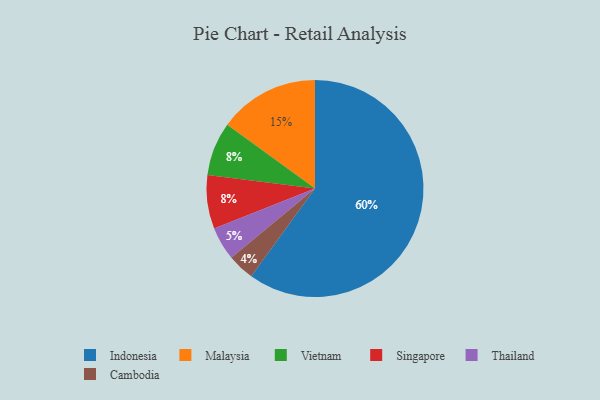
{"axis": {"x": "Category", "y": "Percentage"}, "legend": ["Cambodia", "Indonesia", "Malaysia", "Singapore", "Thailand", "Vietnam"], "data": [{"x": "Indonesia", "y": 60, "type": "Indonesia"}, {"x": "Vietnam", "y": 8, "type": "Vietnam"}, {"x": "Cambodia", "y": 4, "type": "Cambodia"}, {"x": "Thailand", "y": 5, "type": "Thailand"}, {"x": "Singapore", "y": 8, "type": "Singapore"}, {"x": "Malaysia", "y": 15, "type": "Malaysia"}]}